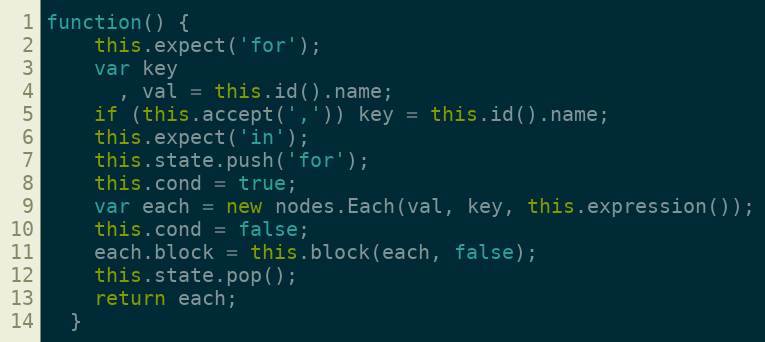
Language: JavaScript
function() {
    this.expect('for');
    var key
      , val = this.id().name;
    if (this.accept(',')) key = this.id().name;
    this.expect('in');
    this.state.push('for');
    this.cond = true;
    var each = new nodes.Each(val, key, this.expression());
    this.cond = false;
    each.block = this.block(each, false);
    this.state.pop();
    return each;
  }